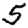
Digit: 5